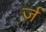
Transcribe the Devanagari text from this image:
र्ज़